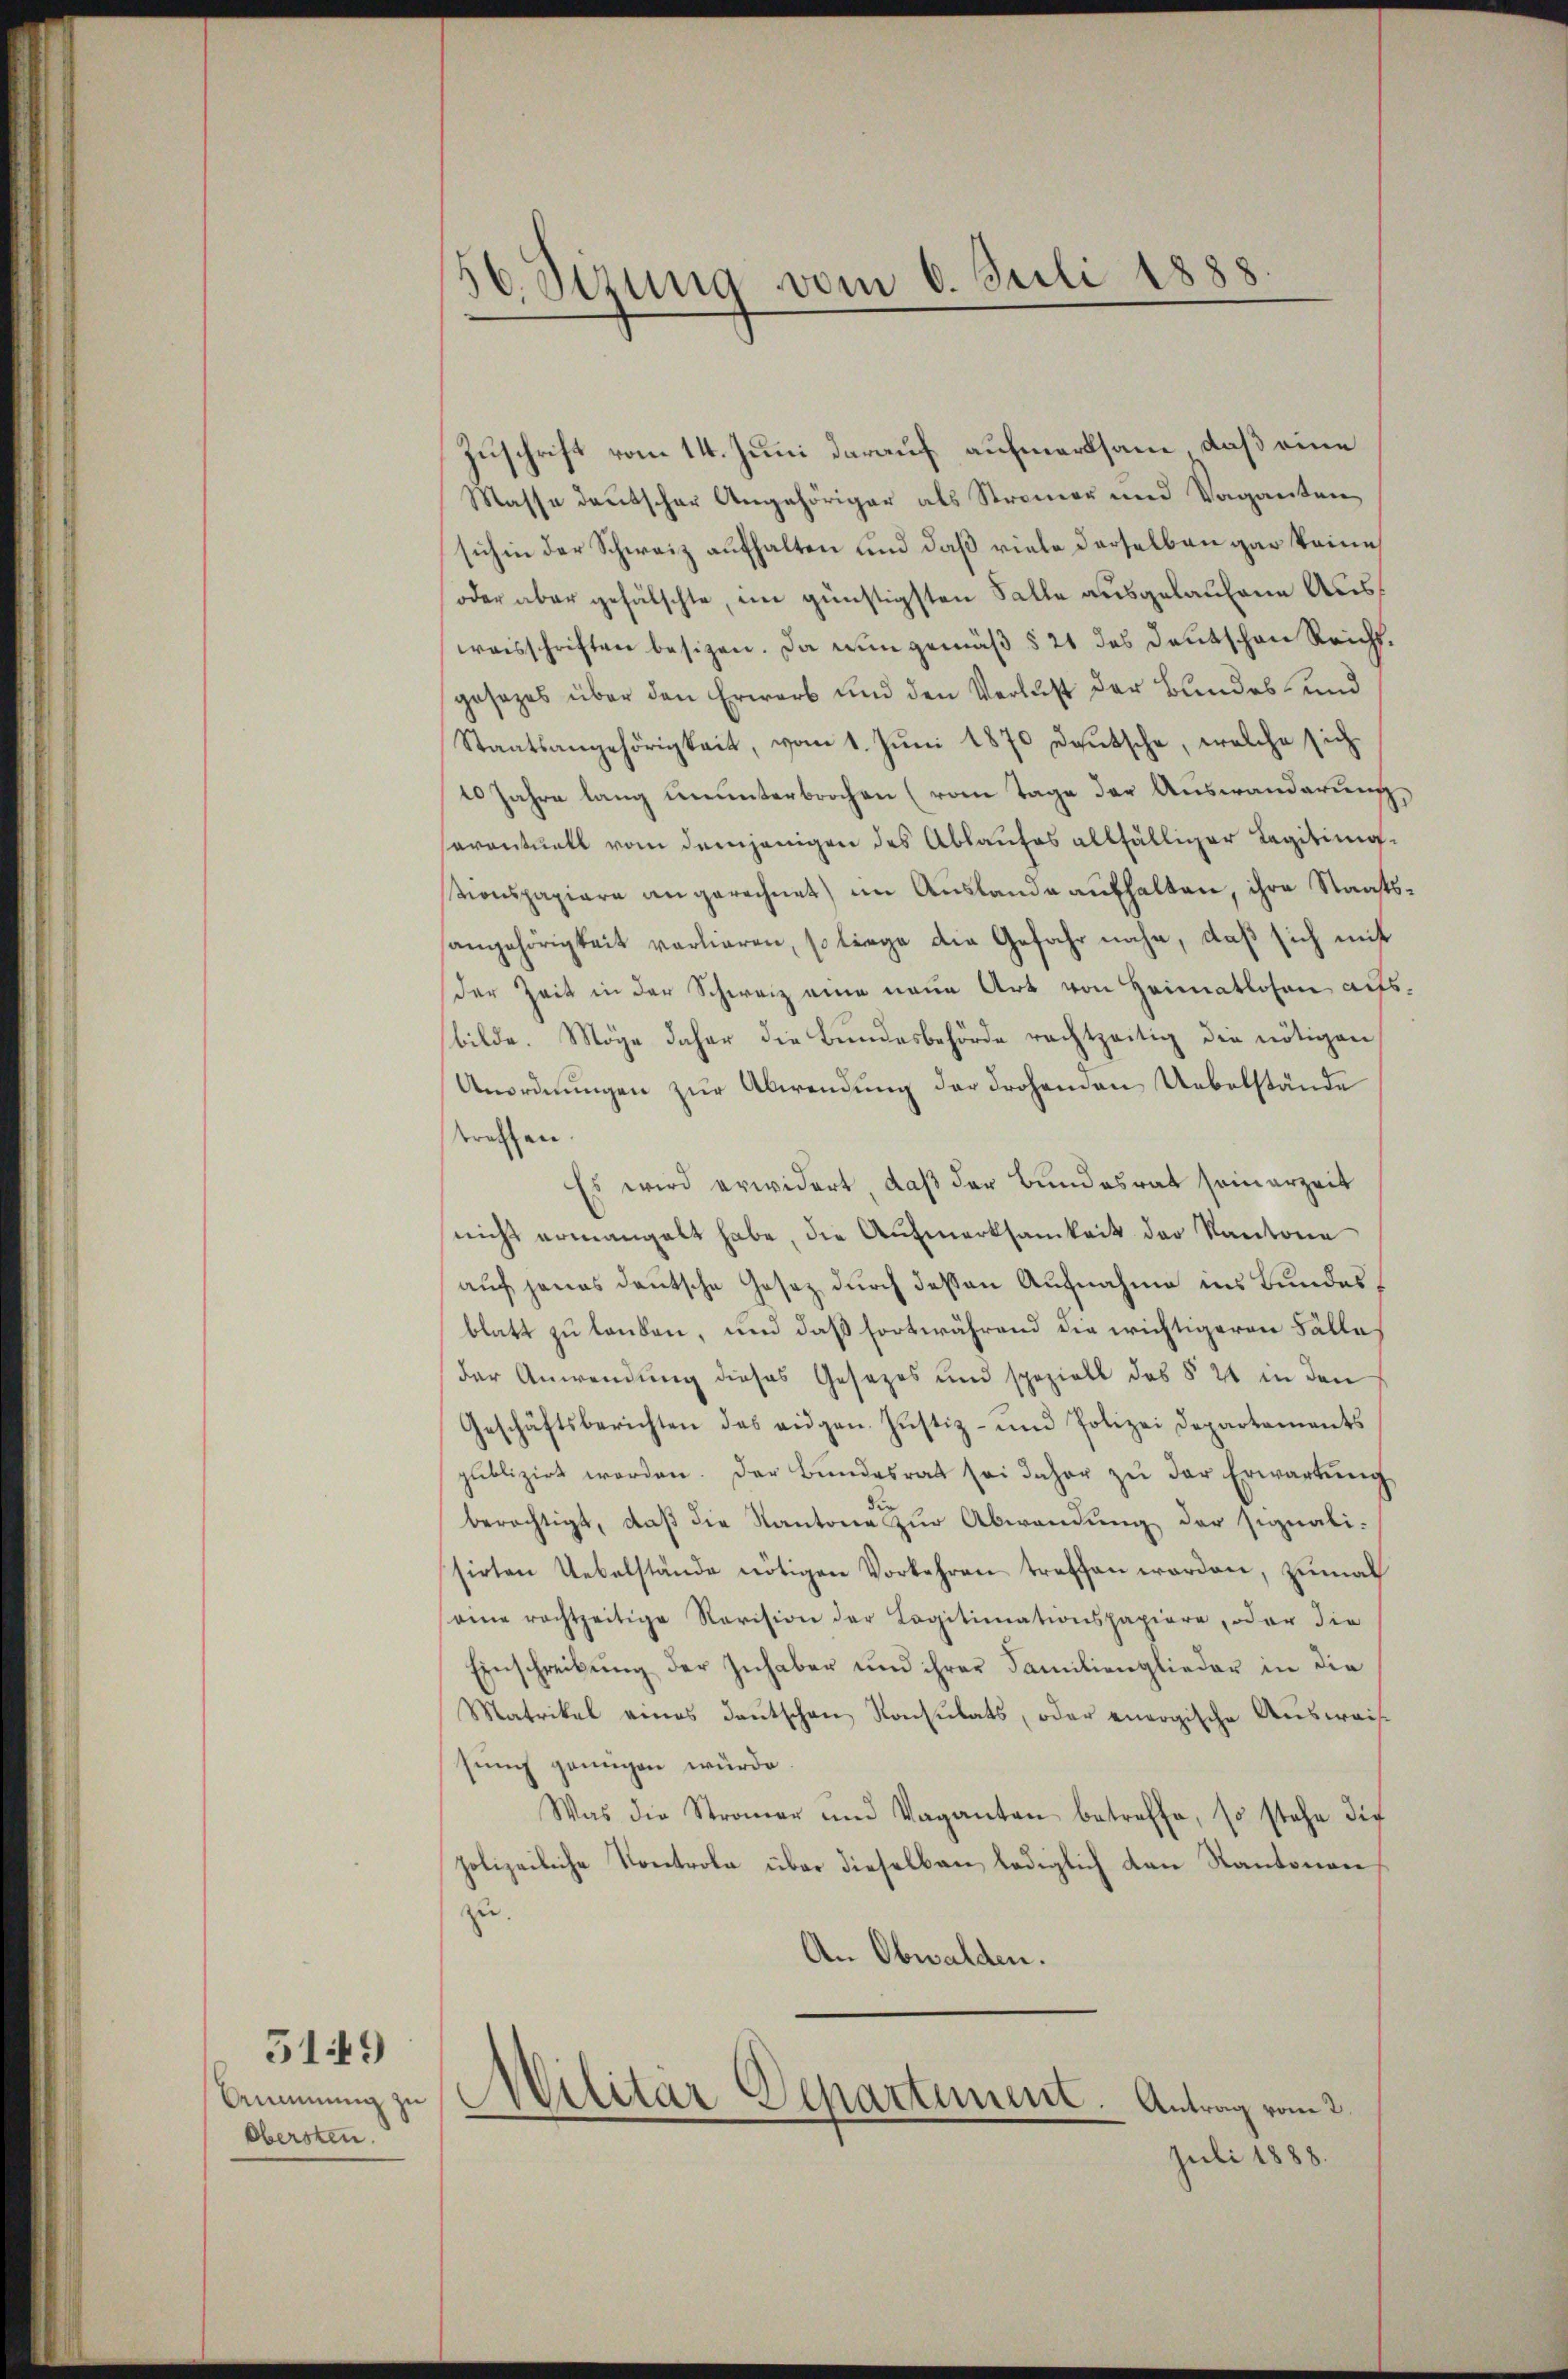
Obersten.

5149

56. Sizung vom 6. Juli 1888

Zuschrift vom 14. Juni darauf aufmerksam, daß eine
Masse deutscher Angehöriger als Stramer und Vagantensich in der Schweiz aufhalten und daß viele derselben gar keine
oder aber gefälschte, im günstigsten Falle ausgelaufene Auswaisschriften besizen. Da nun gemäß § 21 des Deutschen Reicht.
gesezes über den Erwerb und den Verlust der Bundes- und
Staatsangehörigkeit, vom 1. Jŭni 1870 deŭtsche, welche sich
10 Jahre lang ununterbrochen (vom Tage der Auswanderung
saventuell vom demjenigen des Ablaufes allfälliger Legitimigstionspapiere angerechnet) im Auslande aufhalten, ihre Staatssangehörigkeit vorlieren, so liege die Gefahr nahe, daß sich mit
der Zeit in der Schweiz eine neue Art von Heimatlosen aufsbilde. Möge daher die Bundesbehörde rechtzeitig die nötigen
Anordnungen zur Abwendung der drohenden Uebelstände
treffen.
Es wird erwidert, daß der Bundesrat seinerzeit
nicht ermangelt habe, die Aufmerksamkeit der Kantone
auf jenes deutsche Gesez durch dessen Aufnahme ins Bundes
blatt zu landen, und daß fortwährend die wichtigeren Fälle
der Anwendung dieses Gesezes und speziell des § 21 in den
Geschäftsberichten des eidgen. Justiz- und Polizei Departements
publizirt worden. Der Bundesrat sei daher zu der Erwartung
berächtigt, daß die Kantone zur Abwendung der signali-
sirten Uebelstände nötigen Vorkehren treffen worden, zumal
eine rachtzeitige Revision der Legitimationspapiere, oder die
Einschreibŭng der Inhaber und ihrer Familienglieder in die
Matrikel eines deŭtschen Konsulats, oder energische Aŭsweis
sung genügen würde
Was die Strauer und Vaganten betreffe, so stehe die
polizeiliche Kontrola über dieselben lediglich den Kantonen
zu.
An Obwalden.
Ammung zu Militär-Departement. Antrag vom 2.
Juli 1888.